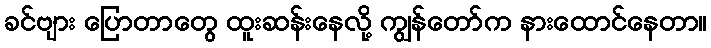
ခင်ဗျား ပြောတာတွေ ထူးဆန်းနေလို့ ကျွန်တော်က နားထောင်နေတာ။